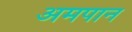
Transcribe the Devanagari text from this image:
अमपान